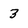
Character: 3